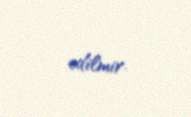
edilmir.